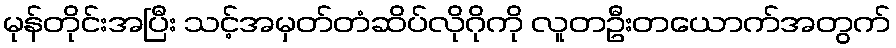
မုန်တိုင်းအပြီး သင့်အမှတ်တံဆိပ်လိုဂိုကို လူတဦးတယောက်အတွက်